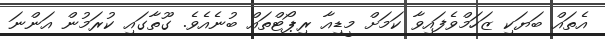
އެތައް ބަޔަކި ޒަހަމްވެފައިވާ ކަމަށް މީޑިއާ ރިޕޯޓްތައް ބުނެއެވެ. ގޫތާގައި ކުރަމުން އަންނަ